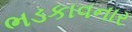
ભડકાવનાર